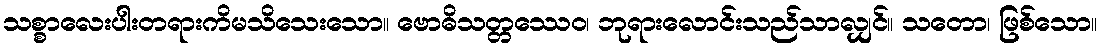
သစ္စာလေးပါးတရားကိမသိသေးသော။ ဗောဓိသတ္တဿေဝ၊ ဘုရားလောင်းသည်သာလျှင်။ သတော၊ ဖြစ်သော။